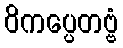
ဝိကပ္ပေတဗ္ဗံ